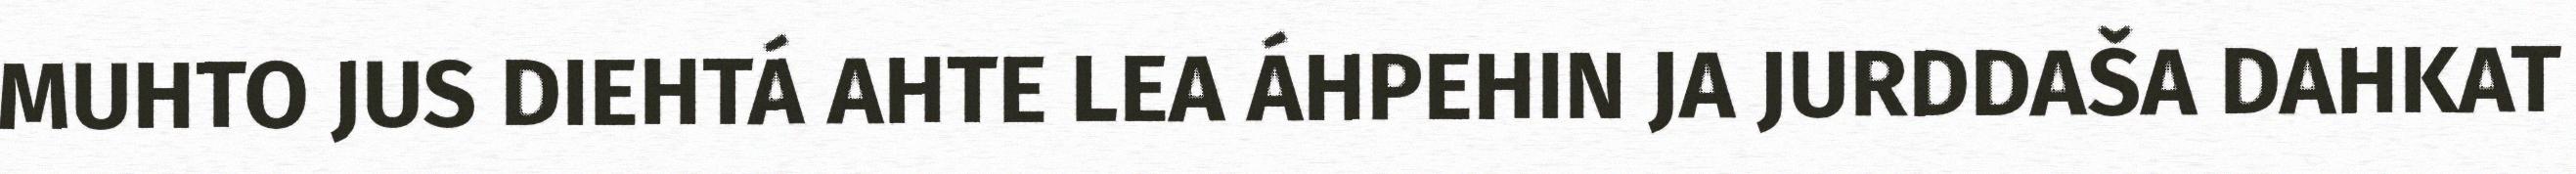
MUHTO JUS DIEHTÁ AHTE LEA ÁHPEHIN JA JURDDAŠA DAHKAT